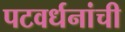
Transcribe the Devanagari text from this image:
पटवर्धनांची